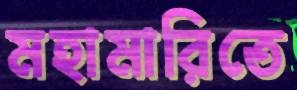
মহামারিতে